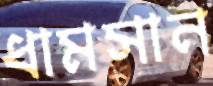
ধামসান